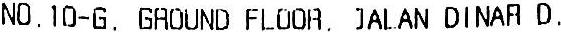
NO. 10-G, GROUND FLOOR, JALAN DINAR D,